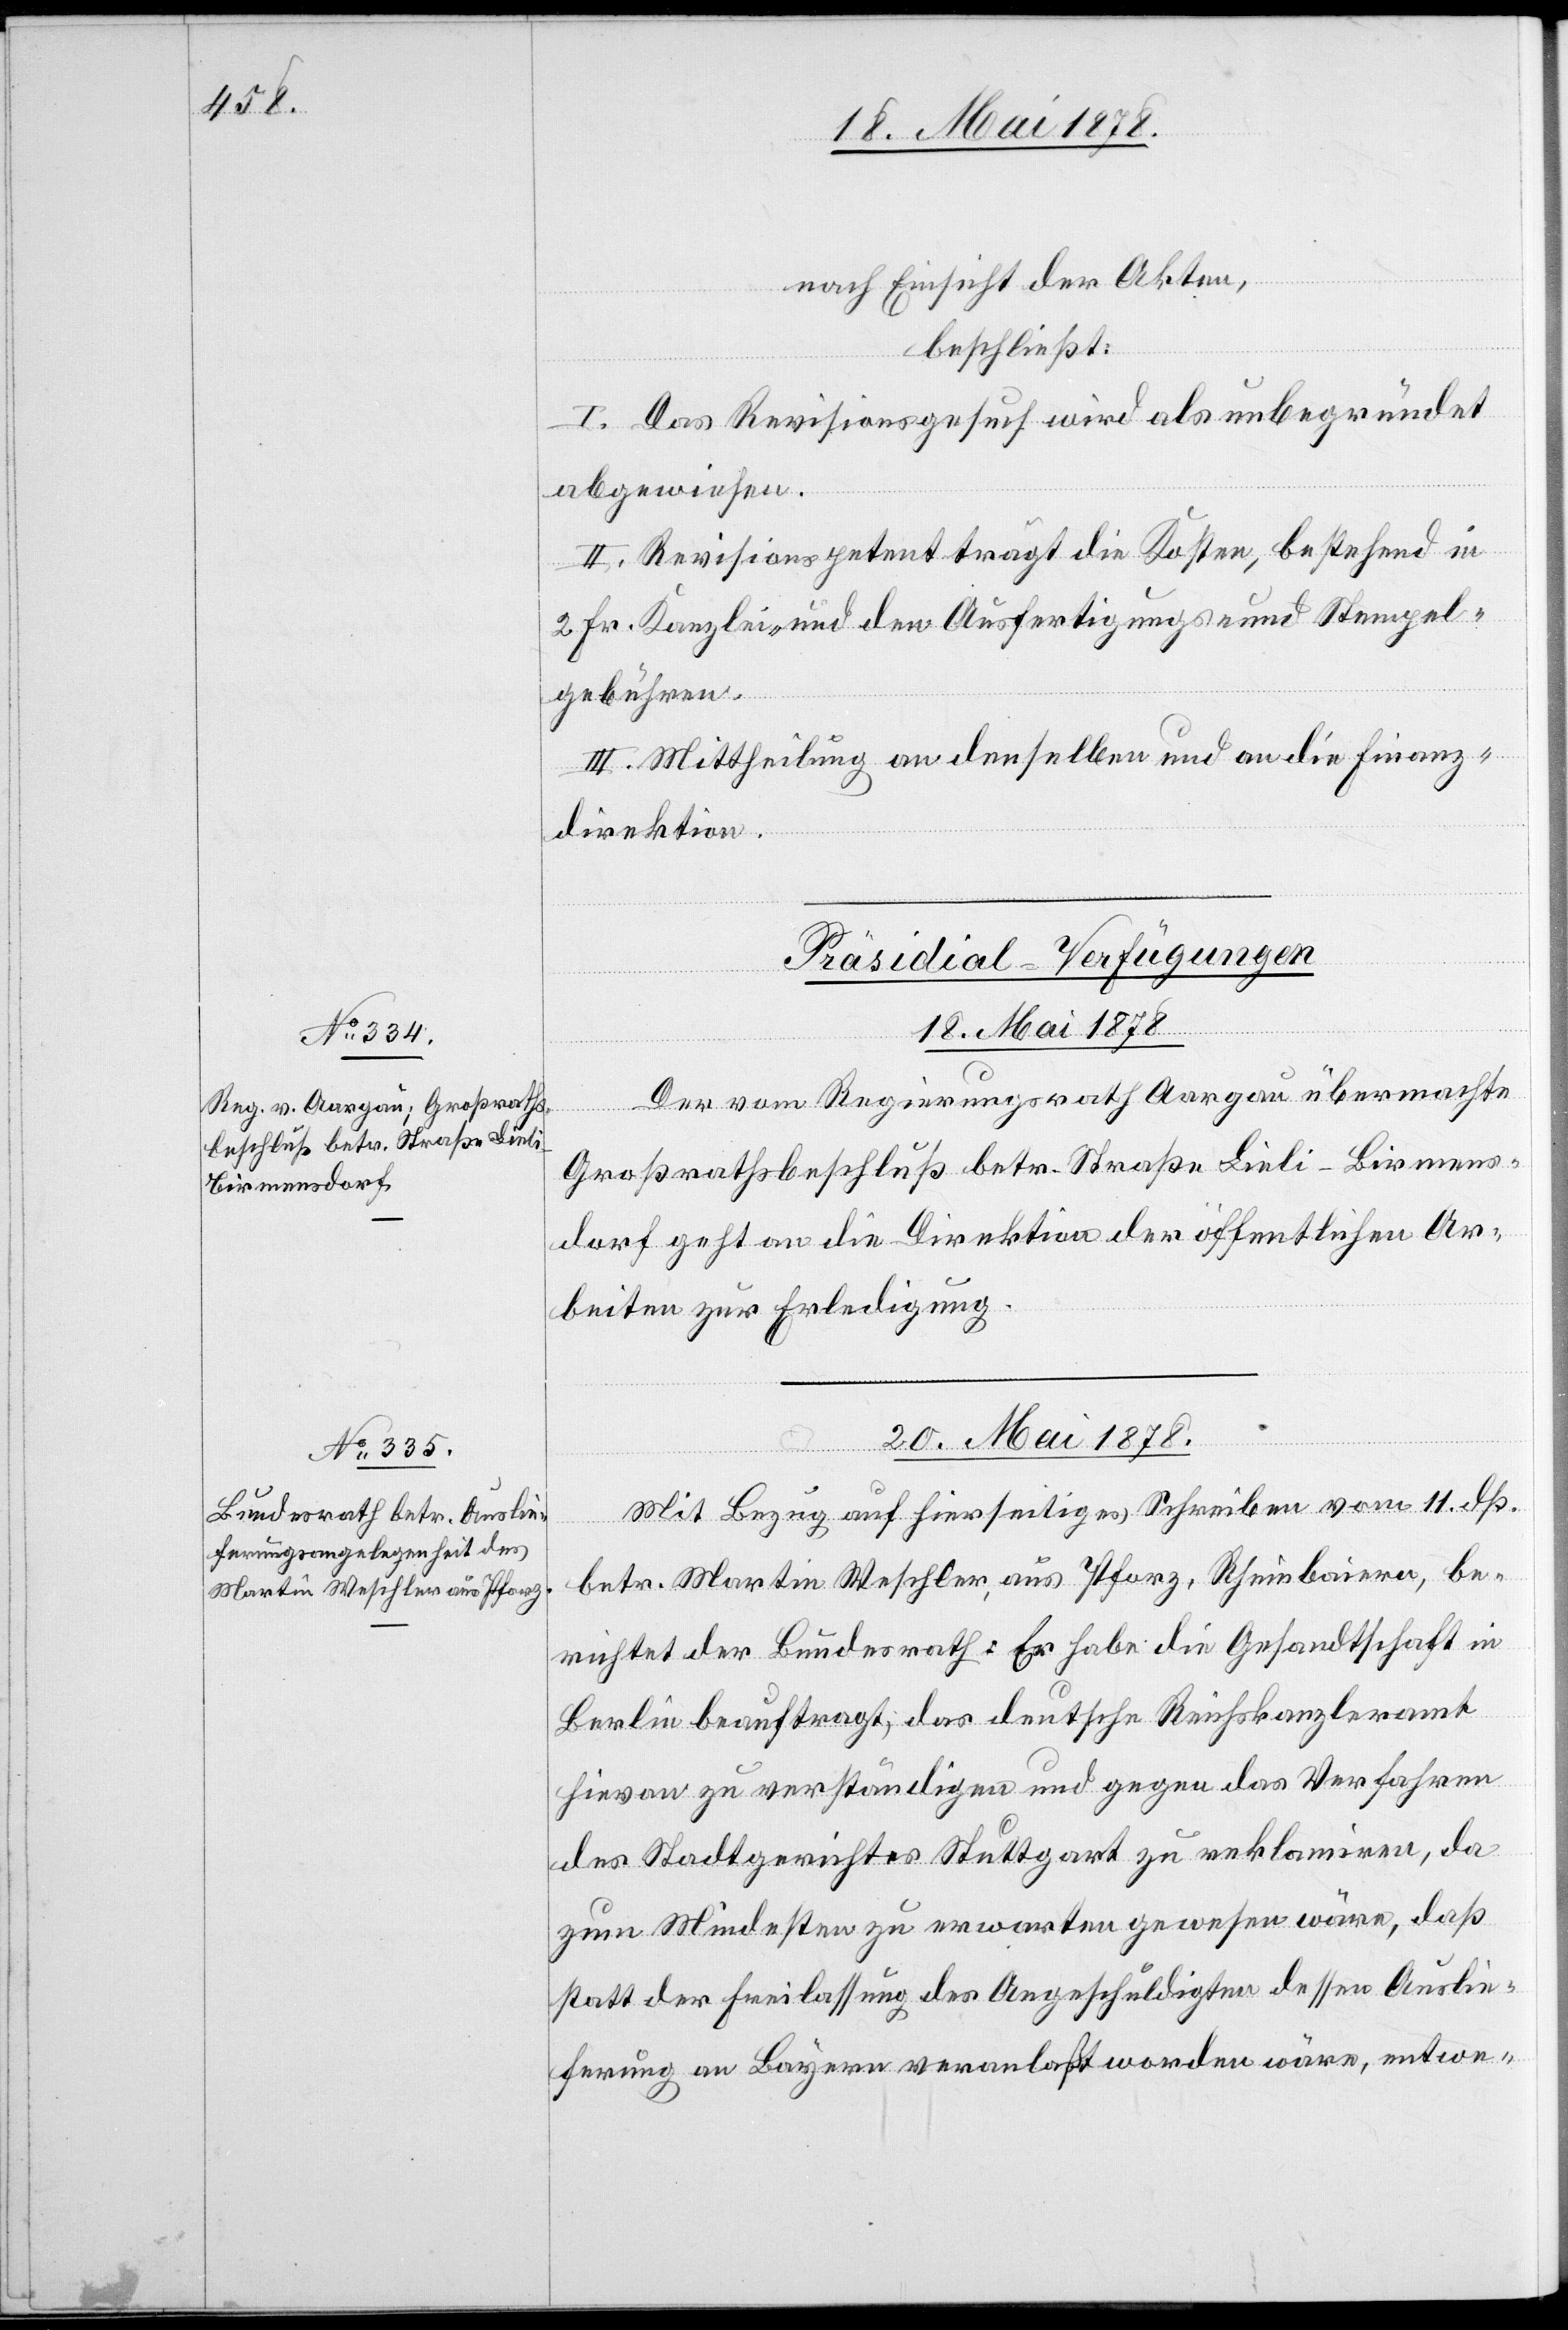
nach Einsicht der Akten,
beschließt:
I. Das Revisionsgesuch wird als unbegründet
abgewiesen.
II. Revisionspetent trägt die Kosten, bestehend in
2 Fr. Kanzlei- und den Ausfertigungs- und Stempel¬
gebühren.
III. Mittheilung an denselben und an die Finanz¬
direktion.
[Präsidial-Verfügungen]
18. Mai 1878
Der vom Regierungsrath Aargau übermachte
Großrathsbeschluß betr. Straße Lieli–Birmens¬
dorf geht an die Direktion der öffentlichen Ar¬
beiten zur Erledigung.
20. Mai 1878
Mit Bezug auf hierseitiges Schreiben vom 11. dß.
betr. Martin Weschsler, aus Pforz, Rheinbaiern, be¬
richtet der Bundesrath: Er habe die Gesandtschaft in
Berlin beauftragt, das deutsche Reichskanzleramt
hievon zu verständigen und gegen das Verfahren
des Stadtgerichtes Stuttgart zu reklamiren, da
zum Mindesten zu erwarten gewesen wäre, das
statt der Freilassung des Angeschuldigten dessen Auslie¬
ferung an Luzern veranlaßt worden wäre, entwe-